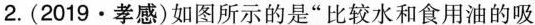
2. (2019·孝感)如图所示的是”比较水和食用油的吸